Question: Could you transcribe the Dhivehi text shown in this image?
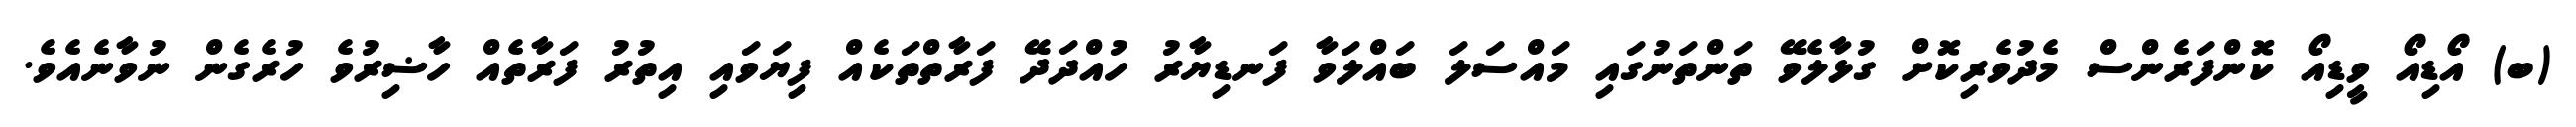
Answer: (ބ) އޯޑިއޯ ވީޑިއޯ ކޮންފަރެންސް މެދުވެރިކޮށް ގުޅާލެވޭ ތަންތަނުގައި މައްސަލަ ބައްލަވާ ފަނޑިޔާރު ހުއްދަދޭ ފަރާތްތަކެއް ފިޔަވައި އިތުރު ފަރާތެއް ހާޟިރުވެ ހުރެގެން ނުވާނެއެވެ.